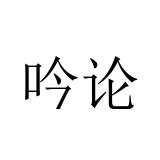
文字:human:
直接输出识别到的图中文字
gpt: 吟论